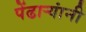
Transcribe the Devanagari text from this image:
पेंढाऱ्यांनी